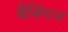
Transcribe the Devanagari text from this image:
बैबिंग्टन